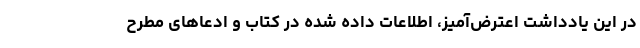
در این یادداشت اعترض‌آمیز، اطلاعات داده شده در کتاب و ادعا‌های مطرح